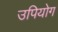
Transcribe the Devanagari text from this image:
उपियोग